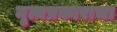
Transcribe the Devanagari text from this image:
नृत्यप्रकाराचा